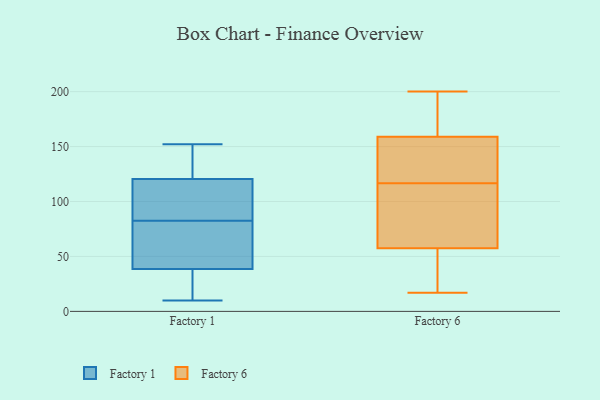
{"axis": {"x": "Shipments", "y": "Value"}, "legend": ["Factory 1", "Factory 6"], "data": [{"x": "", "y": 89, "type": "Factory 1"}, {"x": "", "y": 67, "type": "Factory 1"}, {"x": "", "y": 133, "type": "Factory 1"}, {"x": "", "y": 21, "type": "Factory 1"}, {"x": "", "y": 21, "type": "Factory 1"}, {"x": "", "y": 10, "type": "Factory 1"}, {"x": "", "y": 56, "type": "Factory 1"}, {"x": "", "y": 80, "type": "Factory 1"}, {"x": "", "y": 128, "type": "Factory 1"}, {"x": "", "y": 113, "type": "Factory 1"}, {"x": "", "y": 152, "type": "Factory 1"}, {"x": "", "y": 85, "type": "Factory 1"}, {"x": "", "y": 49, "type": "Factory 6"}, {"x": "", "y": 122, "type": "Factory 6"}, {"x": "", "y": 200, "type": "Factory 6"}, {"x": "", "y": 158, "type": "Factory 6"}, {"x": "", "y": 38, "type": "Factory 6"}, {"x": "", "y": 160, "type": "Factory 6"}, {"x": "", "y": 17, "type": "Factory 6"}, {"x": "", "y": 117, "type": "Factory 6"}, {"x": "", "y": 102, "type": "Factory 6"}, {"x": "", "y": 66, "type": "Factory 6"}, {"x": "", "y": 116, "type": "Factory 6"}, {"x": "", "y": 193, "type": "Factory 6"}, {"x": "", "y": 166, "type": "Factory 6"}, {"x": "", "y": 195, "type": "Factory 6"}, {"x": "", "y": 117, "type": "Factory 6"}, {"x": "", "y": 35, "type": "Factory 6"}, {"x": "", "y": 24, "type": "Factory 6"}, {"x": "", "y": 156, "type": "Factory 6"}, {"x": "", "y": 70, "type": "Factory 6"}, {"x": "", "y": 75, "type": "Factory 6"}]}